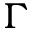
\Gamma